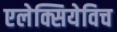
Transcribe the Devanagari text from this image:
एलेक्सियेविच